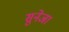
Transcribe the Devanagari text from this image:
सुनेजा